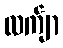
လက်ျာ